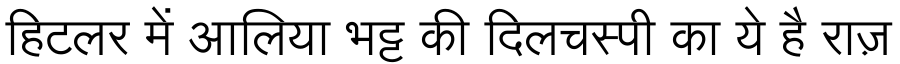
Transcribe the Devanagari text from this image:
हिटलर में आलिया भट्ट की दिलचस्पी का ये है राज़